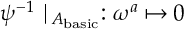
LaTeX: \psi ^ { - 1 } \mid _ { A _ { \mathrm { b a s i c } } } : \omega ^ { a } \mapsto 0